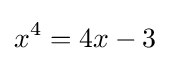
x^{4}=4x-3